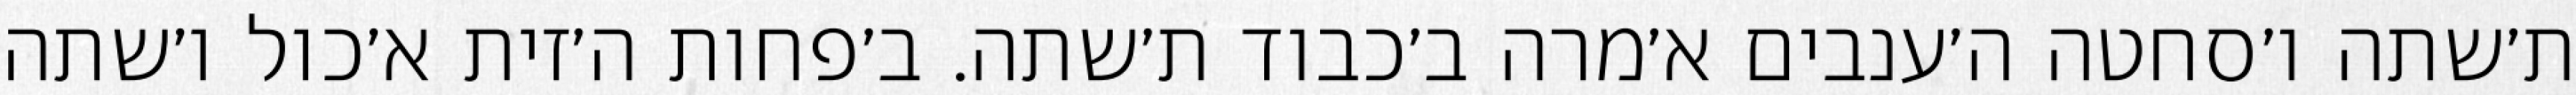
ת׳שתה ו׳סחטה ה׳ענבים א׳מרה ב׳כבוד ת׳שתה. ב׳פחות ה׳זית א׳כול ו׳שתה